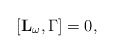
\begin{align*}\lbrack \mathbf{L_{\omega }},\Gamma ]=0, \end{align*}